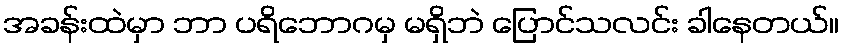
အခန်းထဲမှာ ဘာ ပရိဘောဂမှ မရှိဘဲ ပြောင်သလင်း ခါနေတယ်။